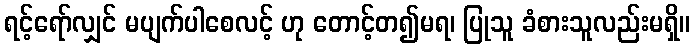
ရင့်ရော်လျှင် မပျက်ပါစေလင့် ဟု တောင့်တ၍မရ၊ ပြုသူ ခံစားသူလည်းမရှိ။